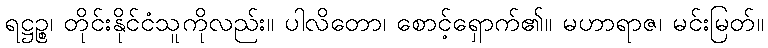
ရဋ္ဌဉ္စ၊ တိုင်းနိုင်ငံသူကိုလည်း။ ပါလိတော၊ စောင့်ရှောက်၏။ မဟာရာဇ၊ မင်းမြတ်။